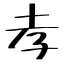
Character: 孝